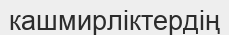
кашмирліктердің